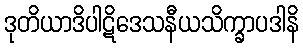
ဒုတိယာဒိပါဋိဒေသနီယသိက္ခာပဒါနိ